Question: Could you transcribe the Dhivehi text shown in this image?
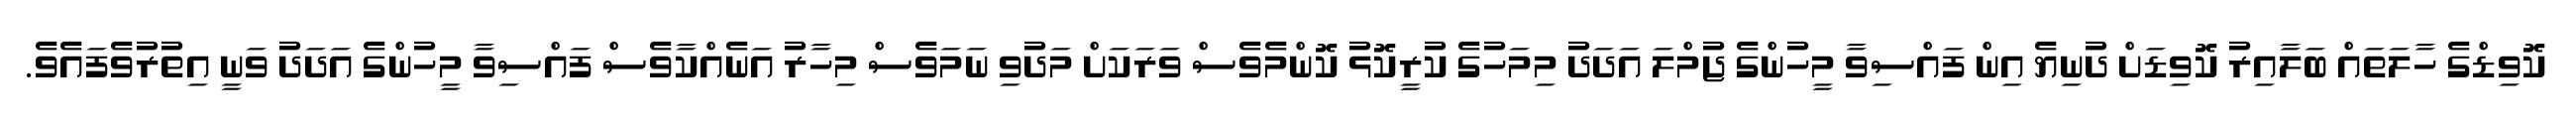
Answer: ކޮވިޑްގެ ހާލަތައް ބަލާއިރު ކޮވިޑަށް ދުނިޔެ އިން ފައްސިވާ މީހުންގެ ޖުމްލަ އަދަދު މިމަހުގެ ކުރީކޮޅު ކޮންމެވެސް ވަރަކަށް މަދުވި ނަމަވެސް މިހާރު އަނެއްކާވެސް ފައްސިވާ މީހުންގެ އަދަދު ވަނީ އިތުރުވެފައެވެ.